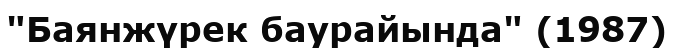
"Баянжүрек баурайында" (1987)